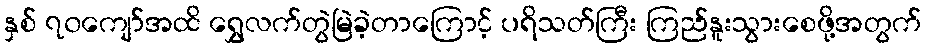
နှစ် ၇၀ကျော်အထိ ရွှေလက်တွဲမြဲခဲ့တာကြောင့် ပရိသတ်ကြီး ကြည်နူးသွားစေဖို့အတွက်